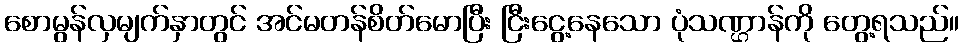
စောမွန်လှမျက်နှာတွင် အင်မတန်စိတ်မောပြီး ငြီးငွေ့နေသော ပုံသဏ္ဌာန်ကို တွေ့ရသည်။